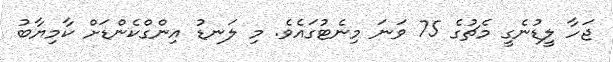
ޖަހާ ލީޑުނެގީ މެޗުގެ 75 ވަނަ މިނެޓުގައެވެ. މި ލަނޑު އިންގްކެންޑަށް ކާމިޔާބު